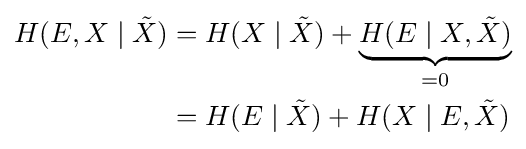
{\begin{aligned}H(E,X\mid {\tilde {X}})&=H(X\mid {\tilde {X}})+\underbrace {H(E\mid X,{\tilde {X}})} _{=0}\\&=H(E\mid {\tilde {X}})+H(X\mid E,{\tilde {X}})\end{aligned}}